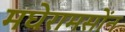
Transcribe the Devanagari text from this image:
मघेरामसोंन